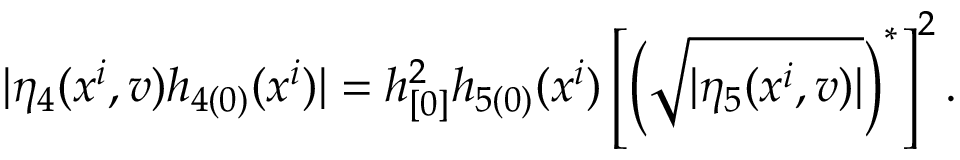
| \eta _ { 4 } ( x ^ { i } , v ) h _ { 4 ( 0 ) } ( x ^ { i } ) | = h _ { [ 0 ] } ^ { 2 } h _ { 5 ( 0 ) } ( x ^ { i } ) \left[ \left( \sqrt { | \eta _ { 5 } ( x ^ { i } , v ) | } \right) ^ { \ast } \right] ^ { 2 } .